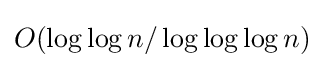
O(\log {\log {n}}/\log {\log {\log {n}}})